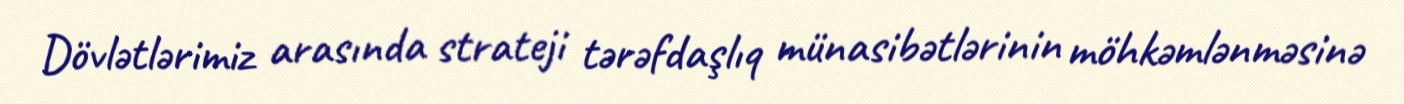
Dövlətlərimiz arasında strateji tərəfdaşlıq münasibətlərinin möhkəmlənməsinə